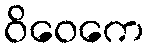
ဝိဝေကေ